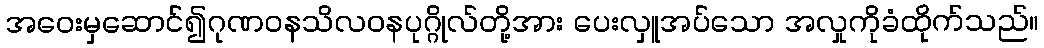
အဝေးမှဆောင်၍ဂုဏဝနသိလဝနပုဂ္ဂိုလ်တို့အား ပေးလှူအပ်သော အလှုကိုခံထိုက်သည်။